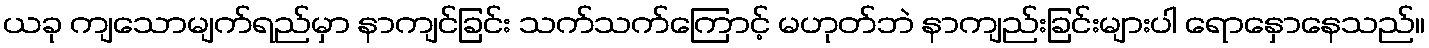
ယခု ကျသောမျက်ရည်မှာ နာကျင်ခြင်း သက်သက်ကြောင့် မဟုတ်ဘဲ နာကျည်းခြင်းများပါ ရောနှောနေသည်။